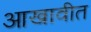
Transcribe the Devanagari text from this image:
आखावीत